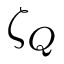
\zeta _ { Q }